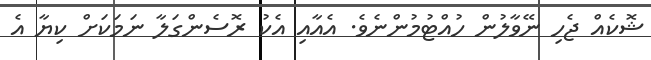
ޝޮކެއް ޖެހި ނޭވާލުން ހުއްޓުމުންނެވެ. އެއާއި އެކު ރޮސެންގަލާ ނަމަަކަށް ކިޔާ އެ